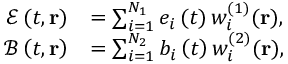
\begin{array} { r l } { \mathcal { E } \left( t , \mathbf { r } \right) } & { = \sum _ { i = 1 } ^ { N _ { 1 } } e _ { i } \left( t \right) w _ { i } ^ { ( 1 ) } ( \mathbf { r } ) , } \\ { \mathcal { B } \left( t , \mathbf { r } \right) } & { = \sum _ { i = 1 } ^ { N _ { 2 } } b _ { i } \left( t \right) w _ { i } ^ { ( 2 ) } ( \mathbf { r } ) , } \end{array}